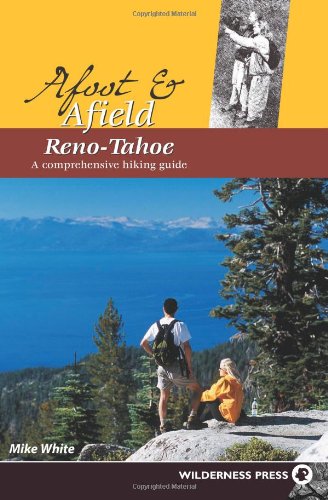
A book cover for Afoot and Afield: Reno/Tahoe: A Comprehensive Hiking Guide; Mike White; Travel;